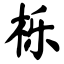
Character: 栎